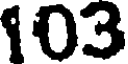
103